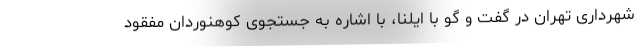
شهرداری تهران در گفت و گو با ایلنا، با اشاره به جستجوی کوهنوردان مفقود